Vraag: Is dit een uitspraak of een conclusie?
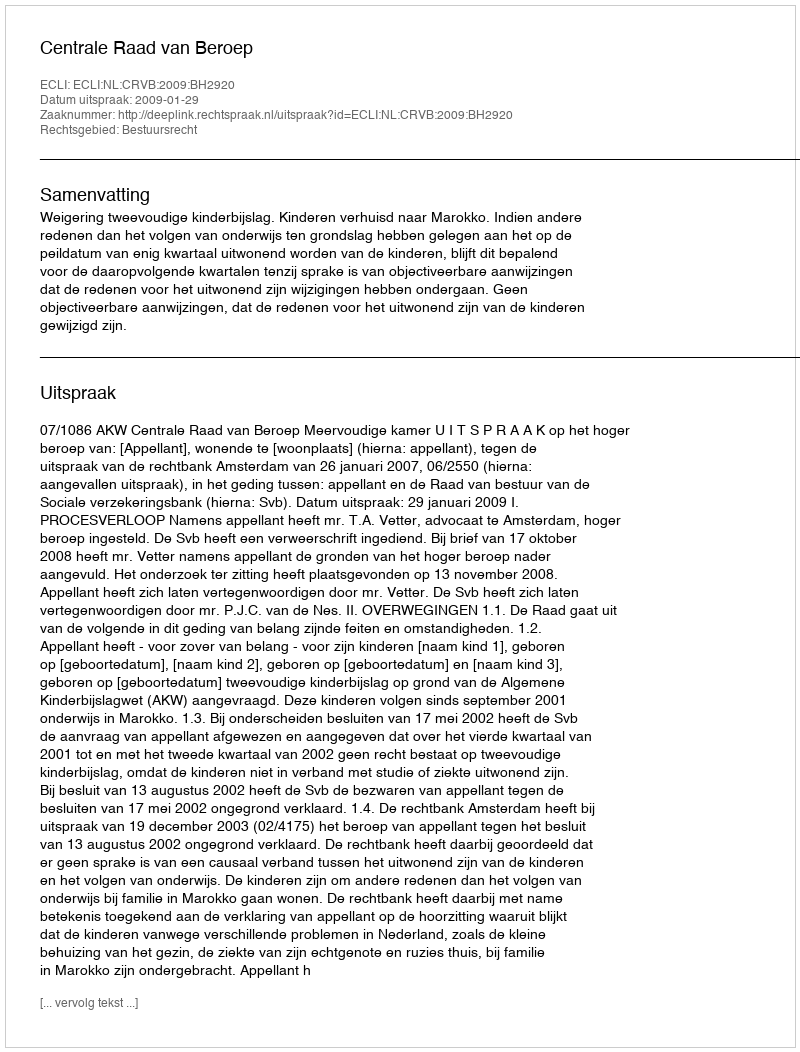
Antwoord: Uitspraak